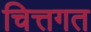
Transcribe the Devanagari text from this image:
चित्तगत